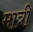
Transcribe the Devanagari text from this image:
मात्री